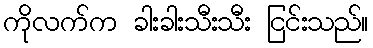
ကိုလက်က ခါးခါးသီးသီး ငြင်းသည်။